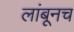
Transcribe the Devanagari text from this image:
लांबूनच